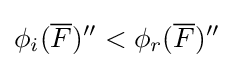
\phi _{i}({\overline {F}})''<\phi _{r}({\overline {F}})''